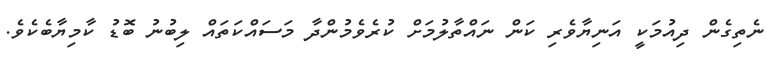
ނެތިގެން ދިއުމަކީ އަނިޔާވެރި ކަން ނައްތާލުމަށް ކުރެވެމުންދާ މަސައްކަތައް ލިބުނު ބޮޑު ކާމިޔާބެކެވެ.